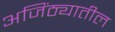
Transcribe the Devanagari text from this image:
अजिंठ्यातील